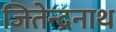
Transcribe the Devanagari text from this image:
जितेन्द्रनाथ